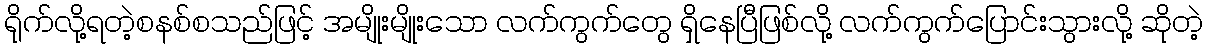
ရိုက်လို့ရတဲ့စနစ်စသည်ဖြင့် အမျိုးမျိုးသော လက်ကွက်တွေ ရှိနေပြီဖြစ်လို့ လက်ကွက်ပြောင်းသွားလို့ ဆိုတဲ့